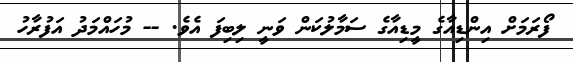
ފޯރަމަށް އިންޑިއާގެ މީޑިއާގެ ސަމާލުކަން ވަނީ ލިބިފަ އެވެ. -- މުހައްމަދު އަފުރާހު